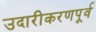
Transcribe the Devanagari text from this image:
उदारीकरणपूर्व